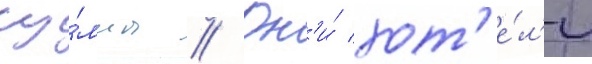
су́ммы // Он'и́ хот'е́л'и